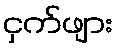
ငှက်ဖျား